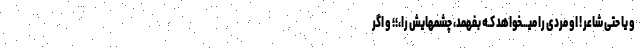
و یا حتی شاعر ! او مردی را میـــخواهد کـه بفهمد، چشمهایش را،؛؛ و اگر